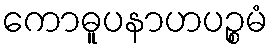
ကောဓူပနာဟပဉ္စမံ